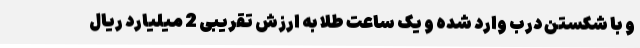
و با شکستن درب وارد شده و یک ساعت طلا به ارزش تقریبی 2 میلیارد ریال